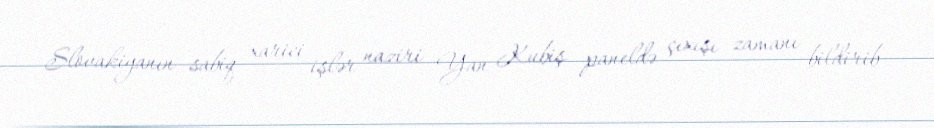
Slovakiyanın sabiq xarici işlər naziri Yan Kubiş paneldə çıxışı zamanı bildirib